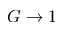
G \to 1